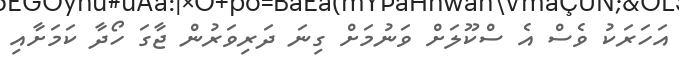
އަހަރަކު ވެސް އެ ސްކޫލަށް ވަނުމަށް ގިނަ ދަރިވަރުން ޖާގަ ހޯދާ ކަމަށާއި